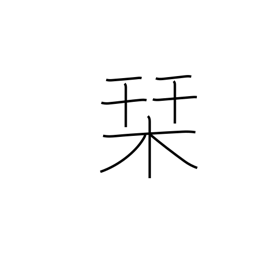
Meaning: guidebook